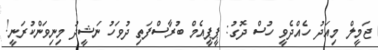
ޖަމީލް މިއަދު ހެއްދެވީ ހުސް ދޮގު: ޕީޕީއެމް ބުރާސްފަތި ދުވަހު ނަޝީދު މިނިވަންކުރަނީ!